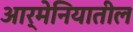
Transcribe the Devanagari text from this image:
आर्मेनियातील